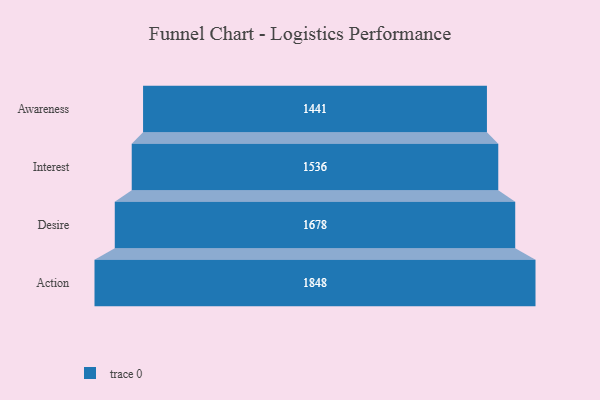
{"axis": {"x": "Stage", "y": "Value"}, "legend": [""], "data": [{"x": "Awareness", "y": 1441.0, "type": ""}, {"x": "Interest", "y": 1536.0, "type": ""}, {"x": "Desire", "y": 1678.0, "type": ""}, {"x": "Action", "y": 1848.0, "type": ""}]}